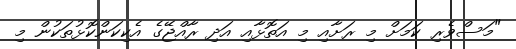
"މަސްވެރި ކަމަށް މި ރަށާއި މި އަތޮޅާއި އަދި ރާއްޖޭގެ އެކިކަންކޮޅުތަކުން މި